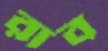
রাব